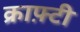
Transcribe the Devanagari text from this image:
क्राफ़्टी